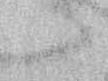
候